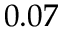
0 . 0 7